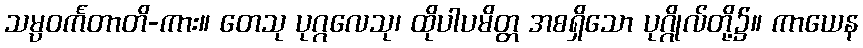
သမ္ပဝင်္ကတာတိ-ကား။ တေသု ပုဂ္ဂလေသု၊ ထိုပါပမိတ္တ အစရှိသော ပုဂ္ဂိုလ်တို့၌။ ကာယေန